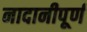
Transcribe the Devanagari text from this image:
नादानीपूर्ण